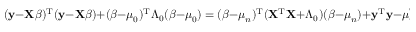
( \mathbf { y } - \mathbf { X } { \boldsymbol { \beta } } ) ^ { \mathrm { { T } } } ( \mathbf { y } - \mathbf { X } { \boldsymbol { \beta } } ) + ( { \boldsymbol { \beta } } - { \boldsymbol { \mu } } _ { 0 } ) ^ { \mathrm { { T } } } { \boldsymbol { \Lambda } } _ { 0 } ( { \boldsymbol { \beta } } - { \boldsymbol { \mu } } _ { 0 } ) = ( { \boldsymbol { \beta } } - { \boldsymbol { \mu } } _ { n } ) ^ { \mathrm { { T } } } ( \mathbf { X } ^ { \mathrm { { T } } } \mathbf { X } + { \boldsymbol { \Lambda } } _ { 0 } ) ( { \boldsymbol { \beta } } - { \boldsymbol { \mu } } _ { n } ) + \mathbf { y } ^ { \mathrm { { T } } } \mathbf { y } - { \boldsymbol { \mu } } _ { n } ^ { \mathrm { { T } } } ( \mathbf { X } ^ { \mathrm { { T } } } \mathbf { X } + { \boldsymbol { \Lambda } } _ { 0 } ) { \boldsymbol { \mu } } _ { n } + { \boldsymbol { \mu } } _ { 0 } ^ { \mathrm { { T } } } { \boldsymbol { \Lambda } } _ { 0 } { \boldsymbol { \mu } } _ { 0 } .